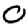
Digit: 0